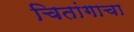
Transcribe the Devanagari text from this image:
चितांगाचा